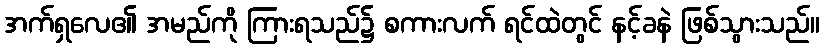
အက်ရှလေ၏ အမည်ကို ကြားရသည်၌ စကားလက် ရင်ထဲတွင် နင့်ခနဲ ဖြစ်သွားသည်။